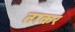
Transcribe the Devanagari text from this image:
ताकर